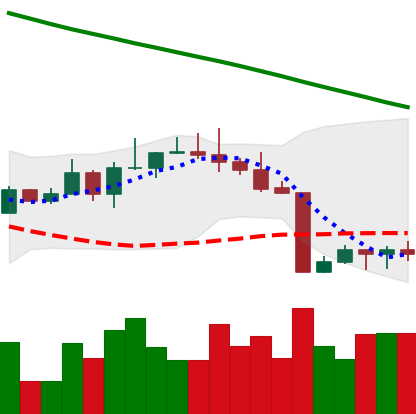
Ticker: BTC-USD
Chart end date: 2022-08-24
Forward return: -5.128%
Label: down_5_7